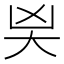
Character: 𭑄